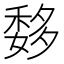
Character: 𥠨